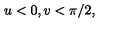
u < 0 , v < \pi / 2 ,